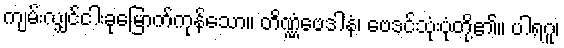
ကျမ်းလျှင်ငါးခုမြောက်ကုန်သော။ တိဏ္ဏံဗေဒါနံ၊ ဗေဒင်သုံးပုံတို့၏။ ပါရဂူ၊